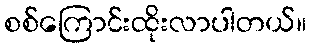
စစ်ကြောင်းထိုးလာပါတယ်။